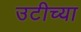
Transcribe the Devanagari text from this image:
उटीच्या